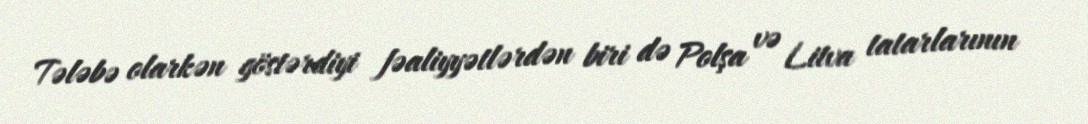
Tələbə olarkən göstərdiyi fəaliyyətlərdən biri də Polşa və Litva tatarlarının